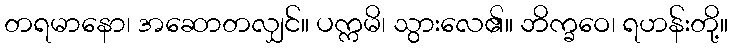
တရမာနော၊ အဆောတလျှင်။ ပက္ကမိ၊ သွားလေ၏။ ဘိက္ခဝေ၊ ရဟန်းတို့။